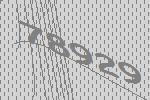
78929